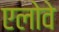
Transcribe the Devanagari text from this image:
एलोवे